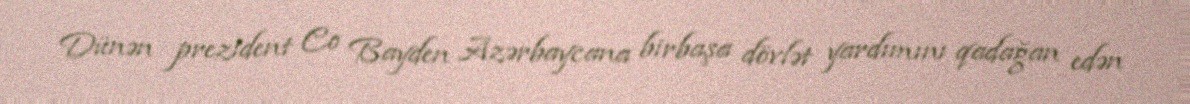
Dünən prezident Co Bayden Azərbaycana birbaşa dövlət yardımını qadağan edən